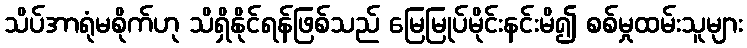
သိပ်အာရုံမစိုက်ဟု သိရှိနိုင်ရန်ဖြစ်သည် မြေမြုပ်မိုင်းနင်းမိ၍ စစ်မှုထမ်းသူများ